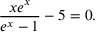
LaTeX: { \frac { x e ^ { x } } { e ^ { x } - 1 } } - 5 = 0 .